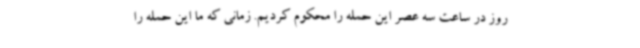
روز در ساعت سه عصر این حمله را محکوم کردیم. زمانی که ما این حمله را